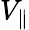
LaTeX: V_{\parallel}